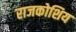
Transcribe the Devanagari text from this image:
राजकोशिय